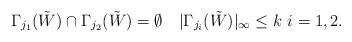
LaTeX: \begin{align*}\Gamma_{j_1}(\tilde{W}) \cap \Gamma_{j_2}(\tilde{W}) = \emptyset \ \ \ |\Gamma_{j_i}(\tilde{W})|_\infty \le k \ i=1,2.\end{align*}